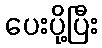
ပေးပို့ပြီး